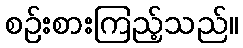
စဉ်းစားကြည့်သည်။